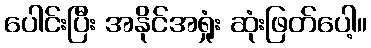
ပေါင်းပြီး အနိုင်အရှုံး ဆုံးဖြတ်ပေါ့။